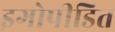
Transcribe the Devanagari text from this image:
इगोपीडित